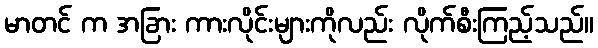
မာတင် က အခြား ကားလိုင်းများကိုလည်း လိုက်စီးကြည့်သည်။